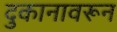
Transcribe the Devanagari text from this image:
दुकानावरून